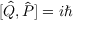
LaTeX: [ { \hat { Q } } , { \hat { P } } ] = i \hbar